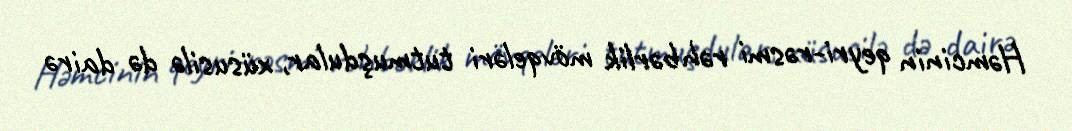
Həmcinin qeyri-rəsmi rəhbərlik mövqeləri tutmuşdular, xüsusilə də dairə